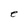
Character: e